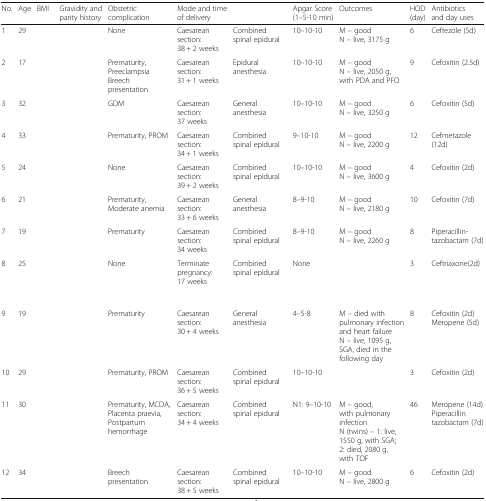
<table><thead><tr><td><b>No.</b></td><td><b>Age</b></td><td><b>BMI</b></td><td><b>Gravidity and parity history</b></td><td><b>Obstetric complication</b></td><td><b>Mode and time of delivery</b></td><td>[EMPTY_CELL]</td><td><b>Apgar Score(1–5-10 min)</b></td><td><b>Outcomes</b></td><td><b>HOD(day)</b></td><td><b>Antibiotics and day uses</b></td></tr></thead><tbody><tr><td>1</td><td>29</td><td>[EMPTY_CELL]</td><td>[EMPTY_CELL]</td><td>None</td><td>Caesarean section:38 + 2 weeks</td><td>Combined spinal epidural</td><td>10–10-10</td><td>M – goodN – live, 3175 g</td><td>6</td><td>Ceftezole (5d)</td></tr><tr><td>2</td><td>17</td><td>[EMPTY_CELL]</td><td>[EMPTY_CELL]</td><td>Prematurity, Preeclampsia Breech presentation</td><td>Caesarean section:31 + 1 weeks</td><td>Epidural anesthesia</td><td>10–10-10</td><td>M – goodN – live, 2050 g,with PDA and PFO</td><td>9</td><td>Cefoxitin (2.5d)</td></tr><tr><td>3</td><td>32</td><td>[EMPTY_CELL]</td><td>[EMPTY_CELL]</td><td>GDM</td><td>Caesarean section:37 weeks</td><td>General anesthesia</td><td>10–10-10</td><td>M – goodN – live, 3250 g</td><td>6</td><td>Cefoxitin (5d)</td></tr><tr><td>4</td><td>33</td><td>[EMPTY_CELL]</td><td>[EMPTY_CELL]</td><td>Prematurity, PROM</td><td>Caesarean section:34 + 1 weeks</td><td>Combined spinal epidural</td><td>9–10-10</td><td>M – goodN – live, 2200 g</td><td>12</td><td>Cefmetazole (12d)</td></tr><tr><td>5</td><td>24</td><td>[EMPTY_CELL]</td><td>[EMPTY_CELL]</td><td>None</td><td>Caesarean section:39 + 2 weeks</td><td>Combined spinal epidural</td><td>10–10-10</td><td>M – goodN – live, 3600 g</td><td>4</td><td>Cefoxitin (2d)</td></tr><tr><td>6</td><td>21</td><td>[EMPTY_CELL]</td><td>[EMPTY_CELL]</td><td>Prematurity, Moderate anemia</td><td>Caesarean section:33 + 6 weeks</td><td>General anesthesia</td><td>8–9-10</td><td>M – goodN – live, 2180 g</td><td>10</td><td>Cefoxitin (7d)</td></tr><tr><td>7</td><td>19</td><td>[EMPTY_CELL]</td><td>[EMPTY_CELL]</td><td>Prematurity</td><td>Caesarean section:34 weeks</td><td>Combined spinal epidural</td><td>8–9-10</td><td>M – goodN – live, 2260 g</td><td>8</td><td>Piperacillin- tazobactam (7d)</td></tr><tr><td>8</td><td>25</td><td>[EMPTY_CELL]</td><td>[EMPTY_CELL]</td><td>None</td><td>Terminate pregnancy:17 weeks</td><td>Combined spinal epidural</td><td>None</td><td>[EMPTY_CELL]</td><td>3</td><td>Ceftriaxone(2d)</td></tr><tr><td>9</td><td>19</td><td>[EMPTY_CELL]</td><td>[EMPTY_CELL]</td><td>Prematurity</td><td>Caesarean section:30 + 4 weeks</td><td>General anesthesia</td><td>4–5-8</td><td>M – died with pulmonary infection and heart failureN – live, 1095 g, SGA, died in the following day</td><td>8</td><td>Cefoxitin (2d)Meropene (5d)</td></tr><tr><td>10</td><td>29</td><td>[EMPTY_CELL]</td><td>[EMPTY_CELL]</td><td>Prematurity, PROM</td><td>Caesarean section:36 + 5 weeks</td><td>Combined spinal epidural</td><td>10–10-10</td><td>[EMPTY_CELL]</td><td>3</td><td>Cefoxitin (2d)</td></tr><tr><td>11</td><td>30</td><td>[EMPTY_CELL]</td><td>[EMPTY_CELL]</td><td>Prematurity, MCDA, Placenta praevia, Postpartum hemorrhage</td><td>Caesarean section:34 + 4 weeks</td><td>Combined spinal epidural</td><td>N1: 9–10-10</td><td>M – good, with pulmonary infectionN (twins) – 1: live, 1550 g, with SGA; 2: died, 2080 g, with TOF</td><td>46</td><td>Meropene (14d)Piperacillin tazobactam (7d)</td></tr><tr><td>12</td><td>34</td><td>[EMPTY_CELL]</td><td>[EMPTY_CELL]</td><td>Breech presentation</td><td>Caesarean section:38 + 5 weeks</td><td>Combined spinal epidural</td><td>10–10-10</td><td>M – goodN – live, 2800 g</td><td>6</td><td>Cefoxitin (2d)</td></tr></tbody></table>